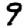
Digit: 9